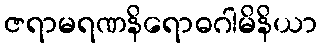
ဇရာမရဏနိရောဓဂါမိနိယာ